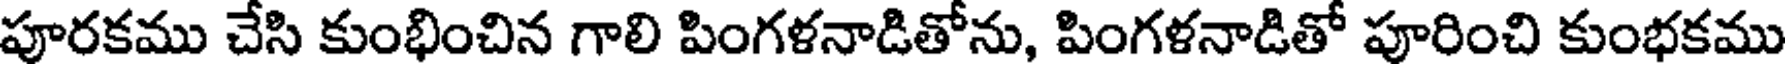
పూరకము చేసి కుంభించిన గాలి పింగళనాడితోను, పింగళనాడితో పూరించి కుంభకము